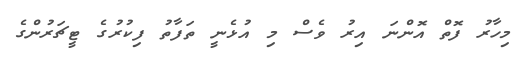
މިހާރު ފޮތް އޮންނަ އިރު ވެސް މި އުޅެނީ ތަފާތު ފިކުރުގެ ޓީޗަރުންގެ